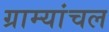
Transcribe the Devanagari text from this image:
ग्राम्यांचल